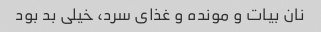
نان بیات و مونده و غذای سرد، خیلی بد بود